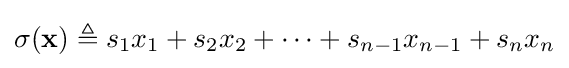
\sigma (\mathbf {x} )\triangleq s_{1}x_{1}+s_{2}x_{2}+\cdots +s_{n-1}x_{n-1}+s_{n}x_{n}